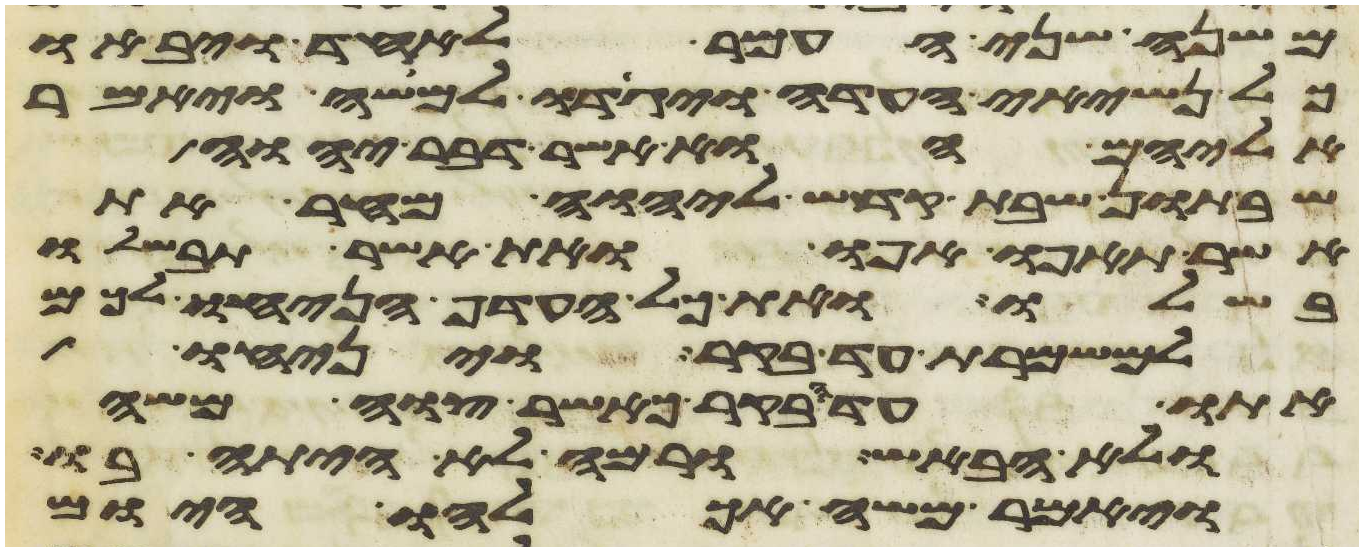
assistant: משנה שני העמר לאחד ויבאו
כל נשיאי העדה ויגדו למשה ויאמר
אליהם הוא אשר דבר יהוה
שבתון שבת קדש ליהוה מחר את
אשר תאפו אפו ואת אשר תבשלו
בשלו ואת כל העדף הניחו לכם
למשמרת עד בקר ויניחו
אתו עד הבקר כאשר צוה משה
ולא הבאיש ורמה לא היתה בו
ויאמר משה אכלהו היום